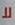
لل